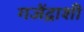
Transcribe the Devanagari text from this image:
गजेंद्राशी